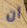
ان